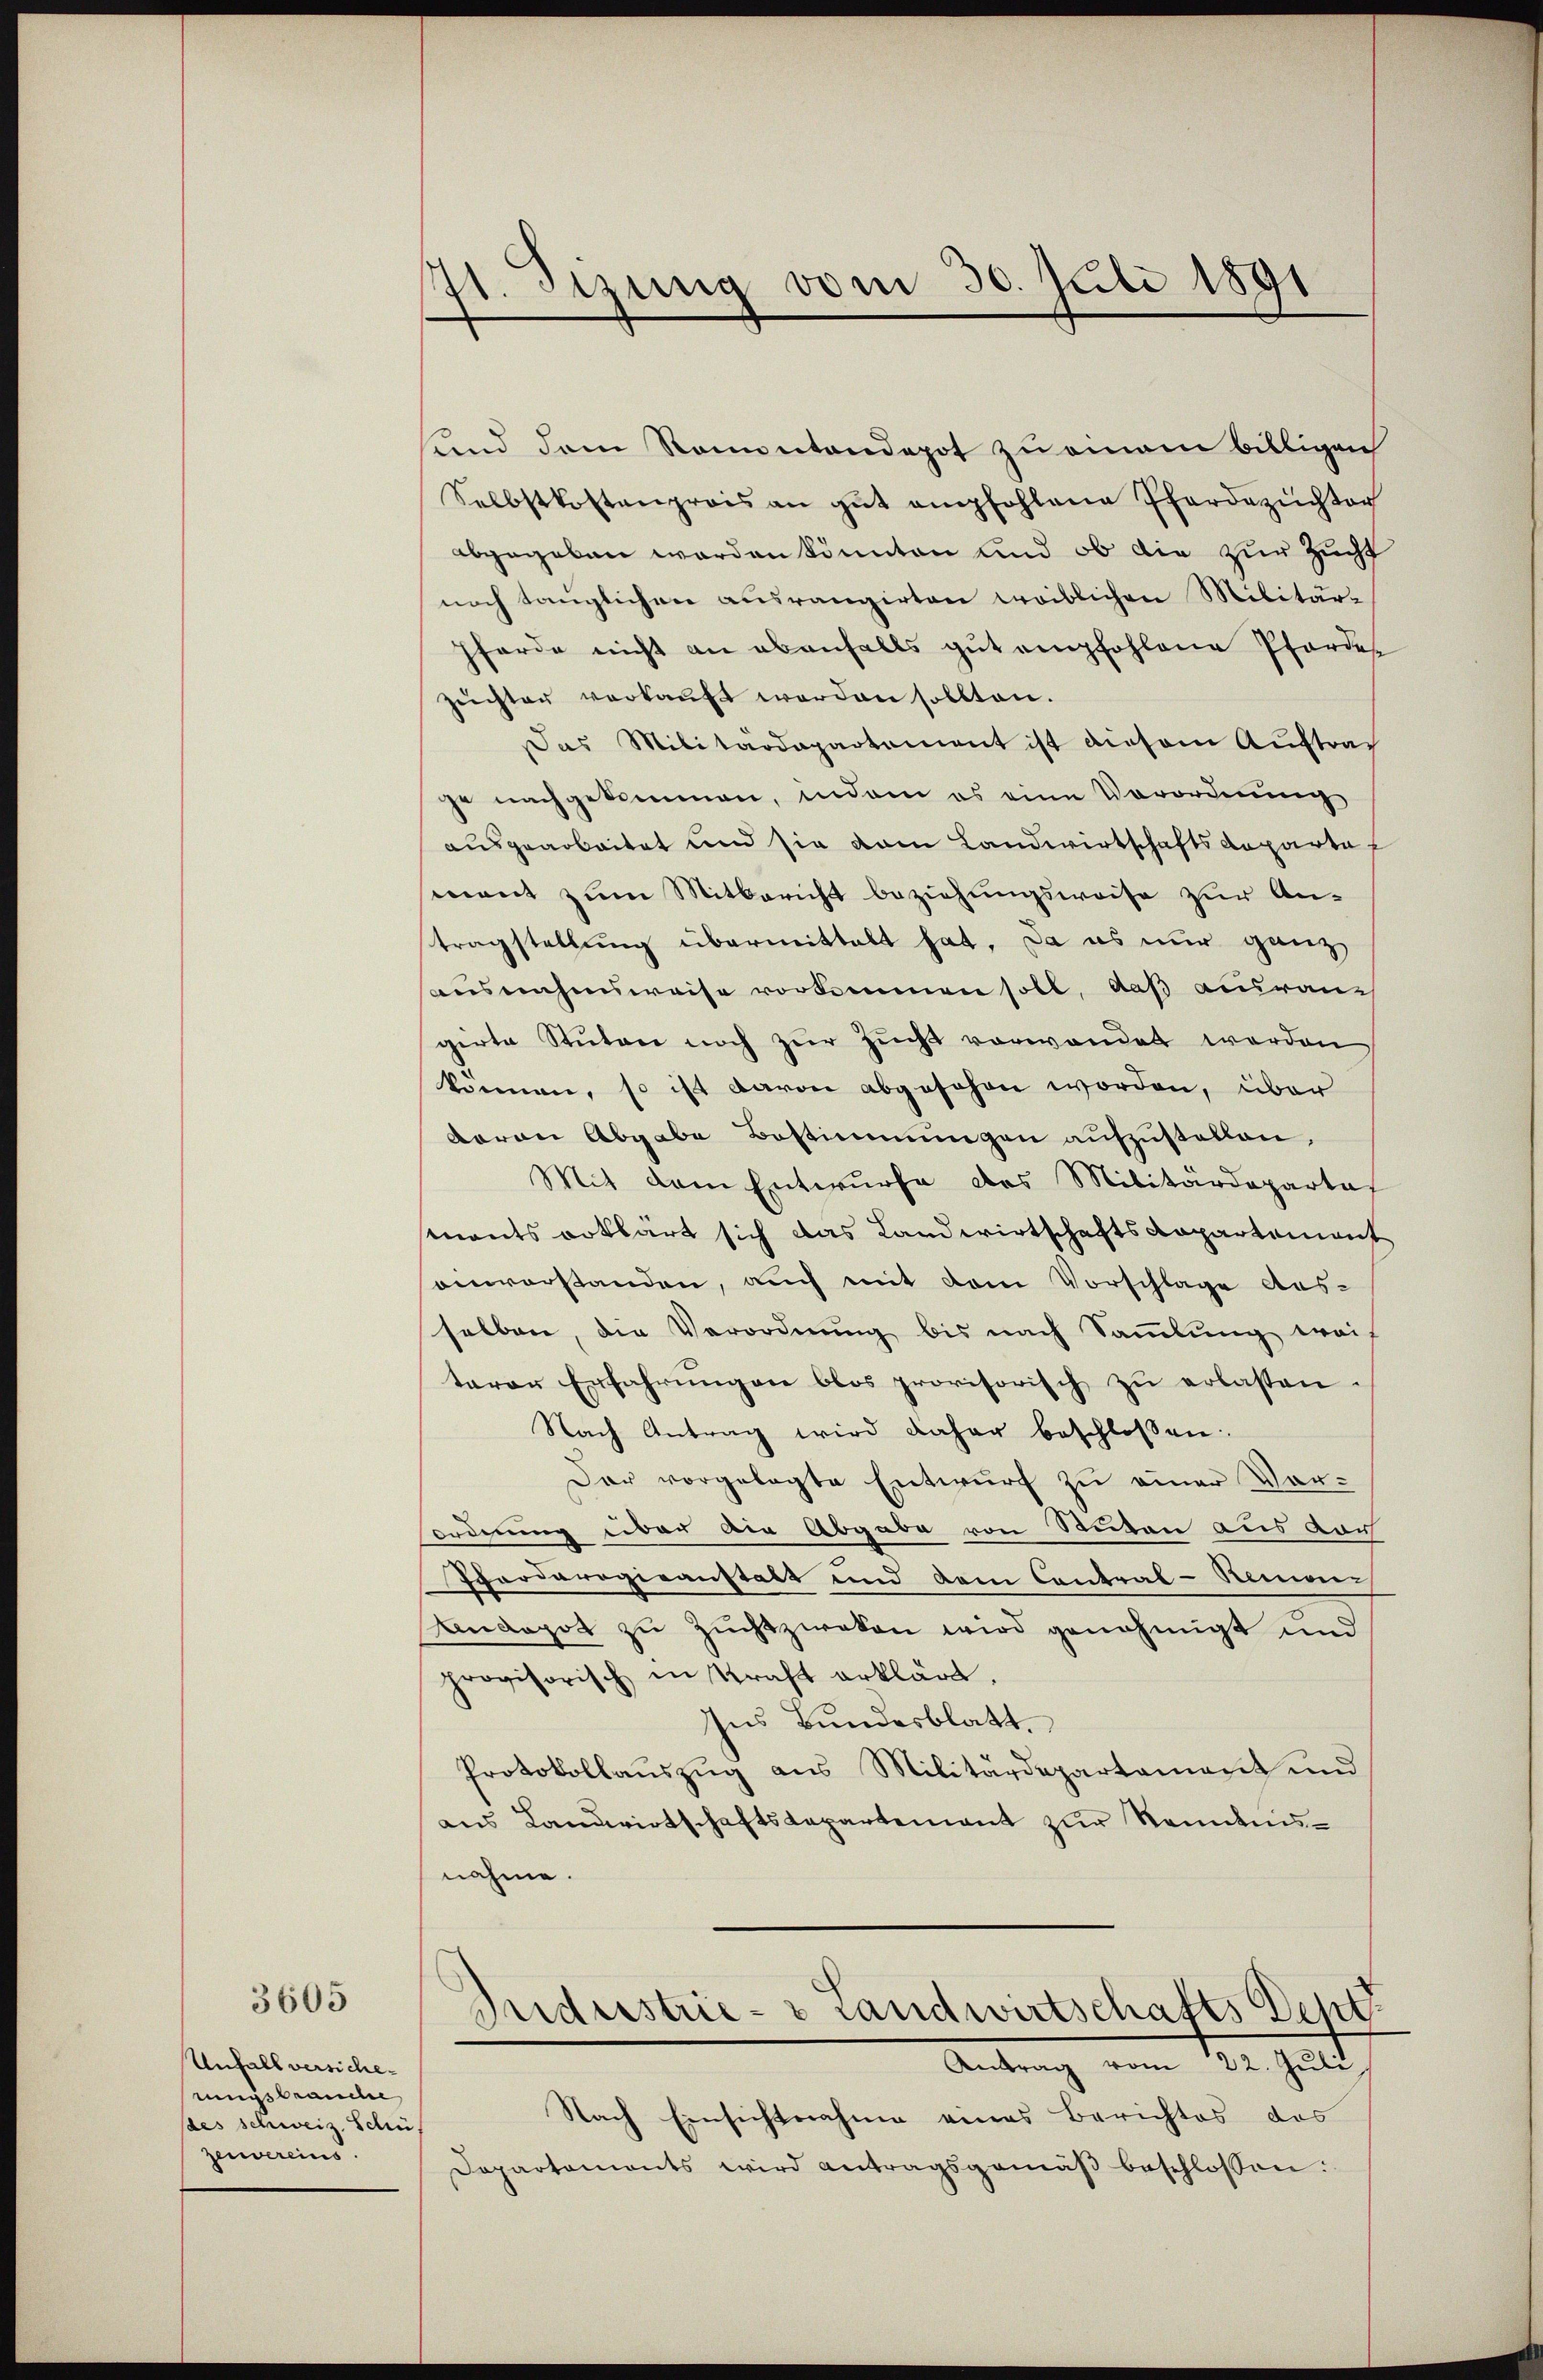
3605

Unfall versicherungsbrauche
des schweiz. Schü
Zeuereins.

7t. Sitzung vom 30. Juli 1891

und dem Ramontandepot zu einem billigen
Selbstkostenprois an gŭt empfohlene Pferdezüchter
abgegeben worden könnten und ob die zur Zucht
noch tauglichen ausrangirten weiblichen Militärförde nicht an ebenfalls gut empfohlene Pfordes
Zŭchten verkaŭft werden sollten.
Das Militärdepartement ist diesem Auftrag
je nachgekommen, indem es eine Vorordnung
ausgearbeitet und sie vom Landwirtschaftsdepartaf
ment zum Mitbericht beziehungsweise zur Antragstellung übermittelt hat. Da es nur ganz
ausnahmsweise vorkommen soll, daß ausran
girte Stŭten noch zŭr Zŭcht vorwandet werden.
können, so ist davon abgesehen worden, über
Baron Abgabe Bestimmungen aufzustellen,
Mit dem Entwurfe des Militärdepartes
stnants erklärt sich das Landwirtschafts-Kapartement
envorstanden, auch mit dem Vorschlage Aus-
selben, die Verordnung bis nach Sammlung weis
terer Erfahrungen blos provisorisch zu erlassen
Nach Antrag wird daher beschlossen:
Dar vorgelegte Entwurf zu einer Vorordnung über am Abgabe von Sonnen aus vor
Pferderogieanstalt und dem Contral-Remon-
Andagot zu Zuchtzwoten wird genehmigt und
provisorisch in Kraft erklärt.
Ins Bundesblatt.
Protokollauszug aus Militärdepartement und
aus Landwirtschaftsdepartement zur Kenntnisnahme.
Judrestrie- & Landwirtschafts Dent
Antrag vom 22. Juli.
Nach Einsichtnahme eines Berichtes das
Departements wird antragsgemäβ beschlossen.